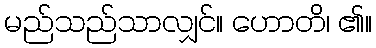
မည်သည်သာလျှင်။ ဟောတိ၊ ၏။